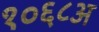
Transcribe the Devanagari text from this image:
१०६८अ